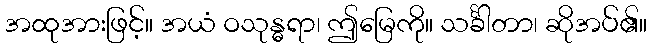
အထုအားဖြင့်။ အယံ ဝသုန္ဓရာ၊ ဤမြေကို။ သင်္ခါတာ၊ ဆိုအပ်၏။